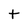
Character: t